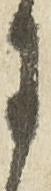
月